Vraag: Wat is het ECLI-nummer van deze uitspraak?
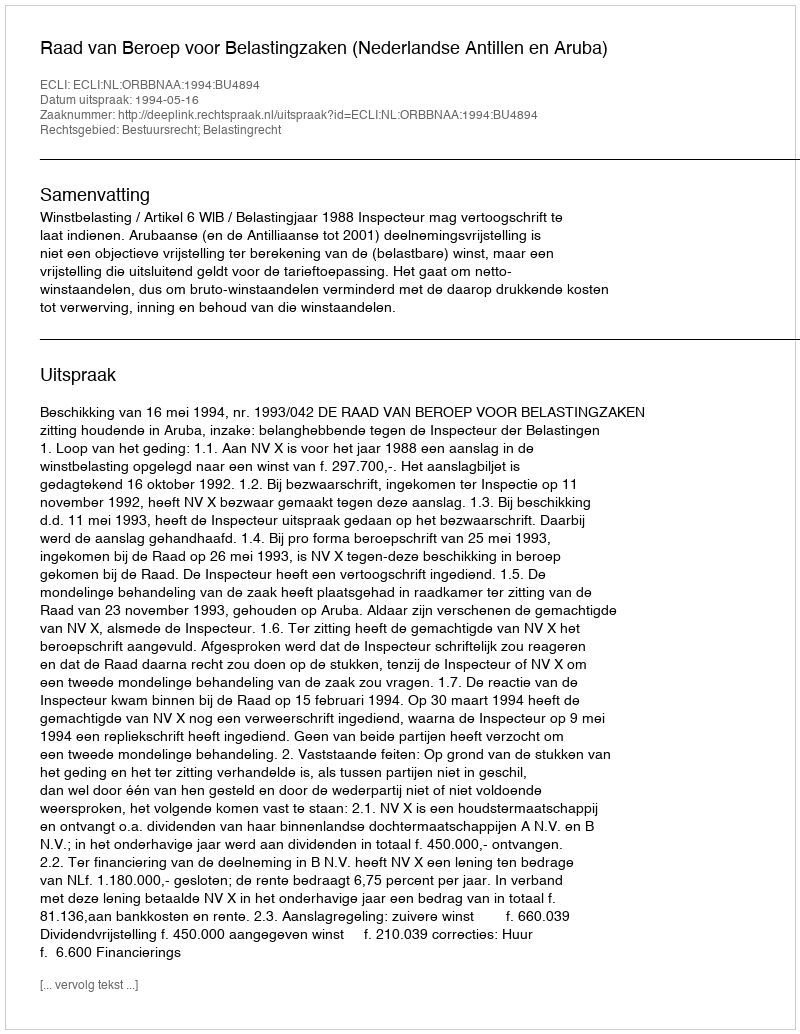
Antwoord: ECLI:NL:ORBBNAA:1994:BU4894